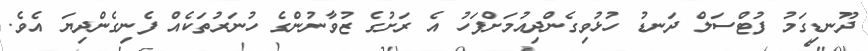
ދޫނޑިގަމު ފުޓްސަލް ދަނޑު ހުޅުވިގެންދިއުމަށްފަހު އެ ރަށުގެ ޒުވާނުންގެ ހުނަރުތަކެއް ފެނިގެންދިޔަ އެވެ.